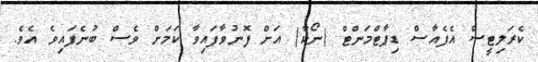
ކެރަލިޓީސް އެފެއާސް ޑިޕާޓްމަންޓް (ނޯކާ) އަށް ފޮނުވާފައިވާ ކަމަށް ވެސް ބުނެފައިވެ އެވެ.